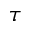
\tau